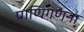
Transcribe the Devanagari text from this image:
प्राणिगणना